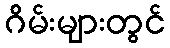
ဂိမ်းများတွင်